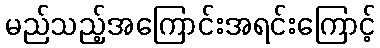
မည်သည့်အကြောင်းအရင်းကြောင့်